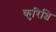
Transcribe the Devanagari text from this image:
कुरिञ्ञि